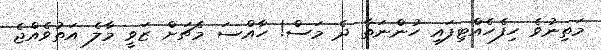
މަތިނުވެ ހިފެހެއްޓިފައި ހުންނަތާ ދެ މަސް! ހާއްސަ މެޗަށް ޒަވީ މާލެ އަތުވެއްޖެ